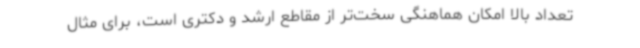
تعداد بالا امکان هماهنگی سخت‌تر از مقاطع ارشد و دکتری است، برای مثال